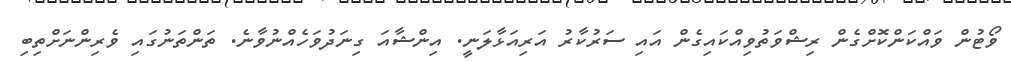
ވޯޓުން ވައްކަންކޮށްގެން ރިޝްވަތުވިއްކައިގެން އައި ސަރުކާރު އަރިއަޅާލަނީ. އިންޝާއަ ގިނަދުވަހެއްނުވާނެ. ތަންތަނުގައި ވެރިންނަށްތިބި